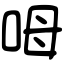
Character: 呣